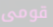
قومى